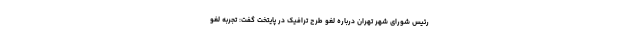
رئیس شورای شهر تهران درباره لغو طرح ترافیک در پایتخت گفت: تجربه لغو